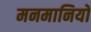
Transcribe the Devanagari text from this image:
मनमानियों